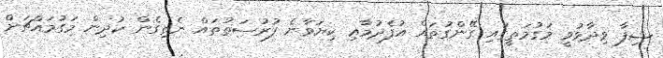
ޝިފާ ވިދާޅުވީ މަގުމަތީގައި ގޭންގުތައް އުފެދުމާޢި ކިޔަވާނެ ފުރުސަތުތައް ނެތިގެން ކުދިން މަގުމައްޗަށް